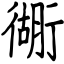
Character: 衚